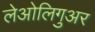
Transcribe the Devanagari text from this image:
लेओलिगुअर